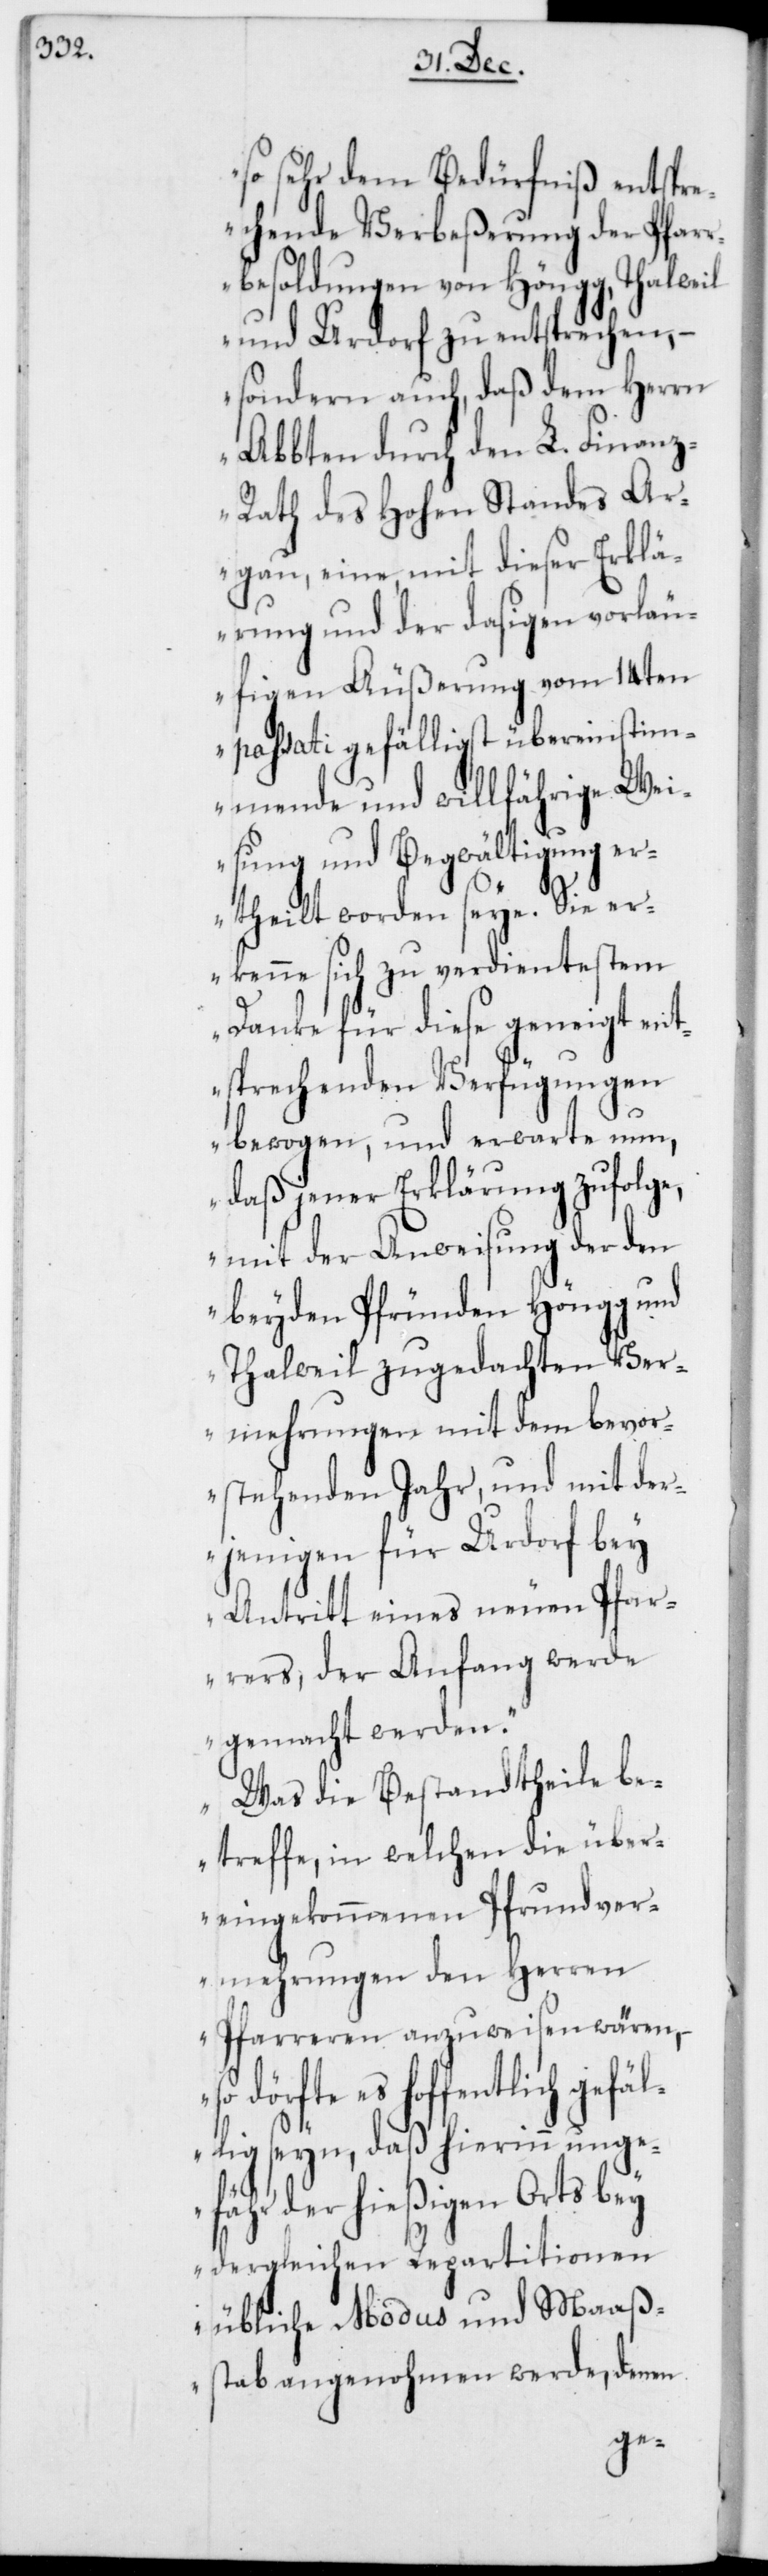
so sehr dem Bedürfniß entspr¬
echende Verbeßerung der Pfarr¬
besoldungen von Höngg, Thalweil
und Urdorf zu entsprechen, –
sondern auch, daß dem Herrn
Abbten durch den L. Finan¬
z-Rath des Hohen Standes Ar¬
gau, eine, mit dieser Erklä¬
rung und der dasigen vorläu¬
figen Äußerung vom 14ten
passati gefälligst übereinstim¬
mende und willfährige Wei¬
sung und Begwältigung er¬
theilt worden seye. Sie er¬
kenne sich zu verdientestem
Danke für diese geneigt ent¬
sprechenden Verfügungen
bewogen, und erwarte nun,
daß jener Erklärung zufolge,
mit der Anweisung der den
beyden Pfründen Höngg und
Thalweil zugedachten Ver¬
mehrungen mit dem bevor¬
stehenden Jahr, und mit der¬
jenigen für Urdorf bey
Antritt eines neuen Pfar¬
rers, der Anfang werde
gemacht werden.
Was die Bestandtheile be¬
treffe, in welchen die über¬
eingekommenen Pfrundver¬
mehrungen den Herren
Pfarreren anzuweisen wären,
so dörfte es hoffentlich gefäl¬
lig seyn, daß hierinn unge¬
fähr der hießigen Orts bey
dergleichen Repartitionen
übliche Modus und Maaß¬
stab angenohmen werde, denen